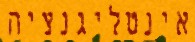
אינטליגנציה